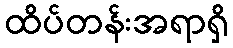
ထိပ်တန်းအရာရှိ